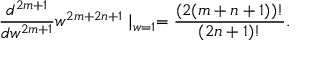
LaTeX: { \frac { d ^ { 2 m + 1 } } { d w ^ { 2 m + 1 } } } w ^ { 2 m + 2 n + 1 } \mid _ { w = 1 } = { \frac { ( 2 ( m + n + 1 ) ) ! } { ( 2 n + 1 ) ! } } .